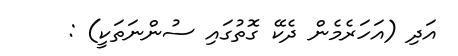
އަދި (އަހަރެމެން ދެކޭ ގޮތުގައި ސުންނަތަކީ) :